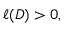
\ell ( D ) > 0 ,